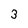
Character: 3